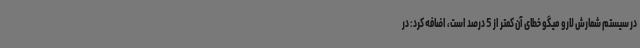
در سیستم شمارش لارو میگو خطای آن کمتر از 5 درصد است، اضافه کرد: در